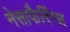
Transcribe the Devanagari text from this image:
नेसाफैरिंग्स